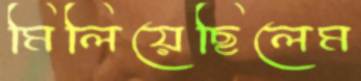
মিলিয়েছিলেম